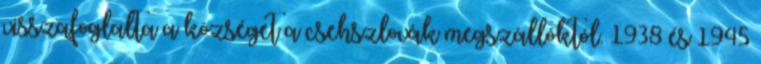
visszafoglalta a községet a csehszlovák megszállóktól. 1938 és 1945